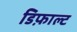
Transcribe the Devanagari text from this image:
डिफ़ाल्ट